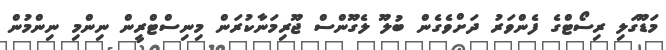
މަޑޫގަލި ރިސޯޓްގެ ފެންވަރު ދަށްވެގެން ބުލޫ ލެގޫންސް ޖޫރިމަނާކުރަން މިނިސްޓްރީން ނިންމި ނިންމުން